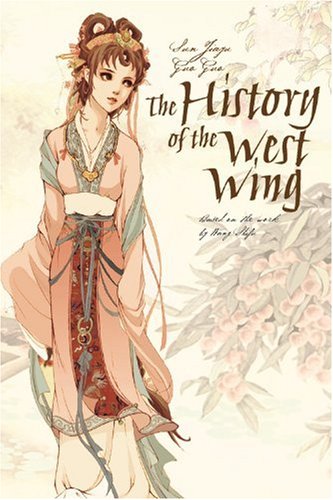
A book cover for The History of the West Wing; Jiayu Sun; Teen & Young Adult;